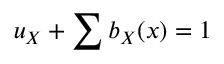
u _ { X } + \sum b _ { X } ( x ) = 1 \,